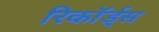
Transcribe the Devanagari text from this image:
रिकॉर्ड्स